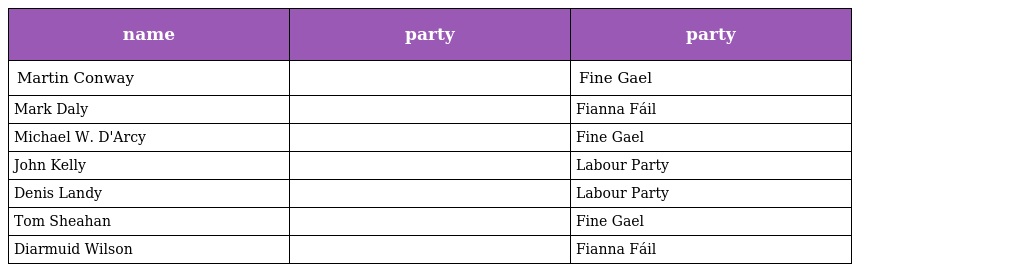
| name | party | party |
 | --- | --- | --- |
 | Martin Conway |  | Fine Gael |
 | Mark Daly |  | Fianna Fáil |
 | Michael W. D'Arcy |  | Fine Gael |
 | John Kelly |  | Labour Party |
 | Denis Landy |  | Labour Party |
 | Tom Sheahan |  | Fine Gael |
 | Diarmuid Wilson |  | Fianna Fáil |